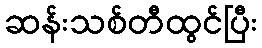
ဆန်းသစ်တီထွင်ပြီး